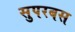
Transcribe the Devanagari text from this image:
सुपरबस